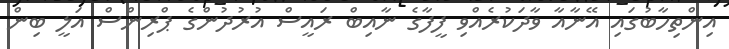
އިންތިހާބުގައި އޭނާއާ ވާދަކުރެއްވި ފީފާގެ ނާއިބް ރައީސް އުރުދުންގެ ޕްރިންސް އަލީ ބިން